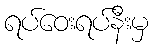
ရပ်ဝေးရပ်နီးမှ